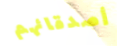
أصدقائهم